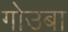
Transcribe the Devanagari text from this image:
गोउबा